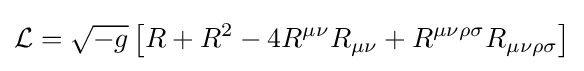
{\mathcal {L}}={\sqrt {-g}}\left[R+R^{2}-4R^{\mu \nu }R_{\mu \nu }+R^{\mu \nu \rho \sigma }R_{\mu \nu \rho \sigma }\right]